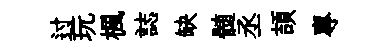
过玩楓誌缺髄丞頡專